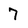
Character: 7